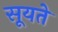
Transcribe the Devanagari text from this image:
सूयते